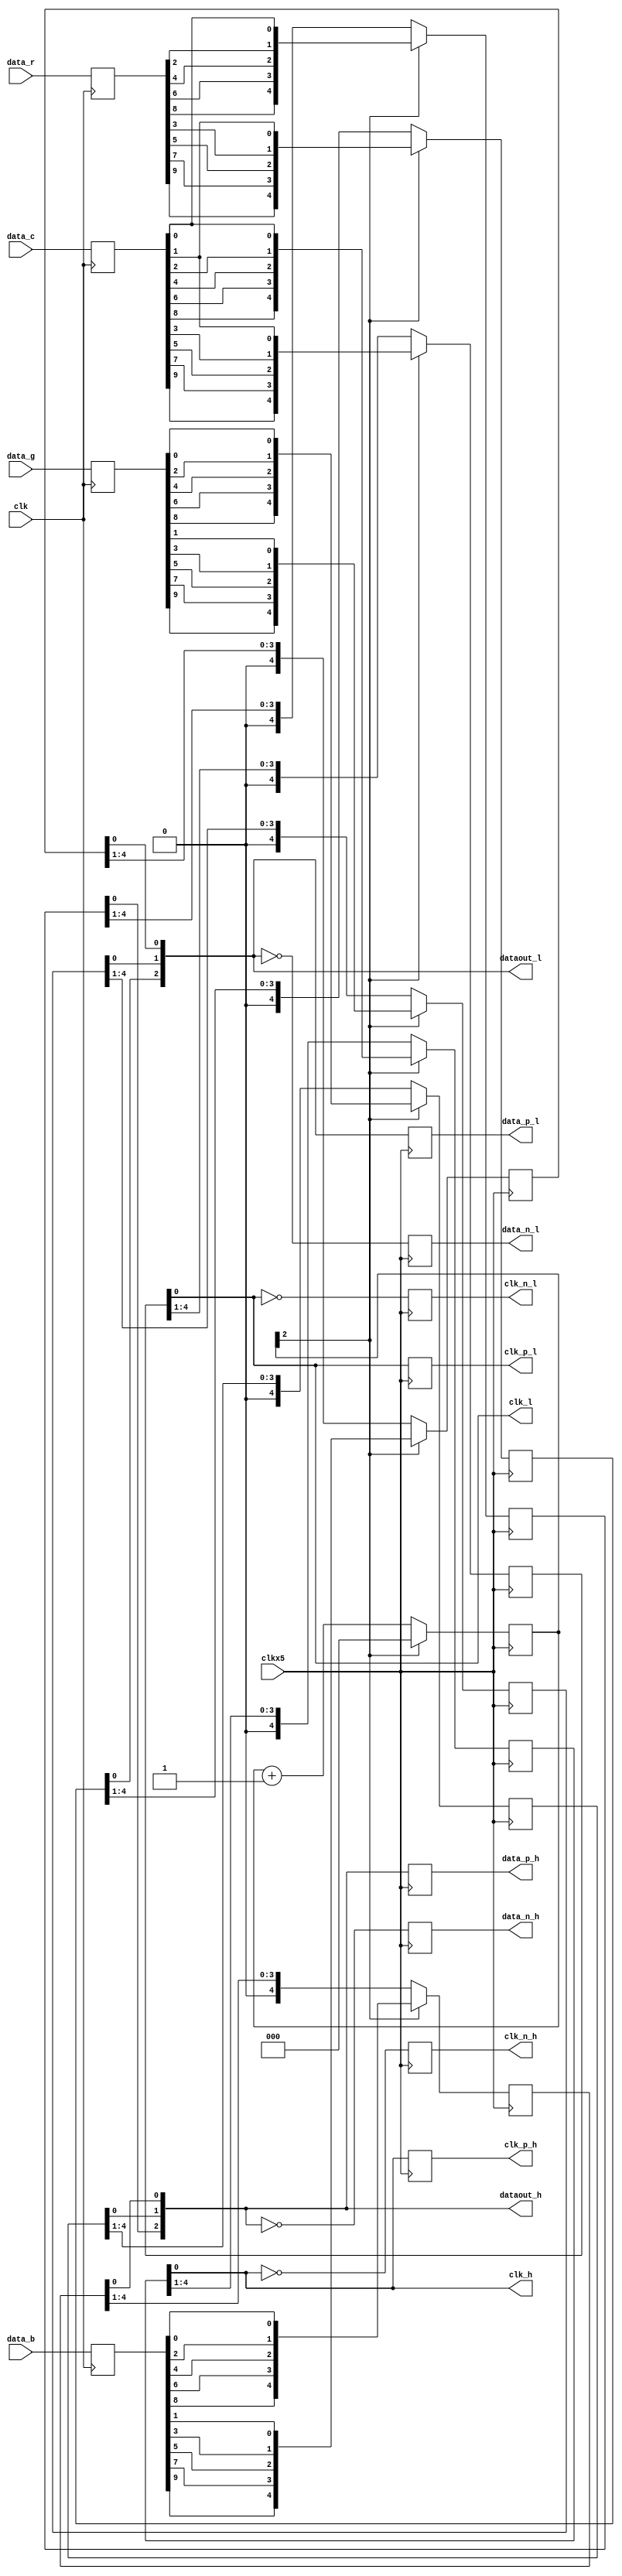
`timescale 1ns/1ps

module serdes_4b_10to1 (
	input          clk,           // clock input
	input          clkx5,         // 5x clock input
	input [9:0]    data_b,      // input data for serialisation
	input [9:0]    data_g,      // input data for serialisation
	input [9:0]    data_r,      // input data for serialisation
	input [9:0]    data_c,      // input data for serialisation
	output [2:0]	dataout_h,
	output [2:0]	dataout_l,
	output			clk_h,
	output			clk_l,

	output reg [2:0]data_p_h,
	output reg [2:0]data_p_l,
	output reg clk_p_h ,
	output reg clk_p_l ,
	output reg [2:0] data_n_h,
	output reg [2:0] data_n_l,
	output reg clk_n_h ,
	output reg clk_n_l 

  ) ;   
  
reg [2:0] TMDS_mod5 = 0;  // modulus 5 counter

reg [4:0] TMDS_shift_0h = 0, TMDS_shift_0l = 0;
reg [4:0] TMDS_shift_1h = 0, TMDS_shift_1l = 0;
reg [4:0] TMDS_shift_2h = 0, TMDS_shift_2l = 0;
reg [4:0] TMDS_shift_3h = 0, TMDS_shift_3l = 0;
reg [9:0] datain_0;
reg [9:0] datain_1;
reg [9:0] datain_2;
reg [9:0] datain_3;
always @( posedge clk )
begin
	datain_0 <= data_b;
	datain_1 <= data_g;
	datain_2 <= data_r;
	datain_3 <= data_c;
end

wire [4:0] TMDS_0_l = {datain_0[9],datain_0[7],datain_0[5],datain_0[3],datain_0[1]};
wire [4:0] TMDS_0_h = {datain_0[8],datain_0[6],datain_0[4],datain_0[2],datain_0[0]};

wire [4:0] TMDS_1_l = {datain_1[9],datain_1[7],datain_1[5],datain_1[3],datain_1[1]};
wire [4:0] TMDS_1_h = {datain_1[8],datain_1[6],datain_1[4],datain_1[2],datain_1[0]};

wire [4:0] TMDS_2_l = {datain_2[9],datain_2[7],datain_2[5],datain_2[3],datain_3[1]};
wire [4:0] TMDS_2_h = {datain_2[8],datain_2[6],datain_2[4],datain_2[2],datain_3[0]};

wire [4:0] TMDS_3_l = {datain_3[9],datain_3[7],datain_3[5],datain_3[3],datain_3[1]};
wire [4:0] TMDS_3_h = {datain_3[8],datain_3[6],datain_3[4],datain_3[2],datain_3[0]};

always @(posedge clkx5)
begin
	TMDS_shift_0h  <= TMDS_mod5[2] ? TMDS_0_h : TMDS_shift_0h[4:1];
	TMDS_shift_0l  <= TMDS_mod5[2] ? TMDS_0_l : TMDS_shift_0l[4:1];
	TMDS_shift_1h  <= TMDS_mod5[2] ? TMDS_1_h : TMDS_shift_1h[4:1];
	TMDS_shift_1l  <= TMDS_mod5[2] ? TMDS_1_l : TMDS_shift_1l[4:1];
	TMDS_shift_2h  <= TMDS_mod5[2] ? TMDS_2_h : TMDS_shift_2h[4:1];
	TMDS_shift_2l  <= TMDS_mod5[2] ? TMDS_2_l : TMDS_shift_2l[4:1];
	TMDS_shift_3h  <= TMDS_mod5[2] ? TMDS_3_h : TMDS_shift_3h[4:1];
	TMDS_shift_3l  <= TMDS_mod5[2] ? TMDS_3_l : TMDS_shift_3l[4:1];	
	TMDS_mod5 <= (TMDS_mod5[2]) ? 3'd0 : TMDS_mod5 + 3'd1;
end

assign dataout_h = {TMDS_shift_2h[0],TMDS_shift_1h[0],TMDS_shift_0h[0]};
assign dataout_l = {TMDS_shift_2l[0],TMDS_shift_1l[0],TMDS_shift_0l[0]};
assign clk_h = TMDS_shift_3h[0];
assign clk_l = TMDS_shift_3l[0];

always @( posedge clkx5 )
begin
		data_p_h <= dataout_h;
		data_p_l <= dataout_l;
		clk_p_h  <= clk_h;
		clk_p_l  <= clk_l;

		data_n_h <= ~dataout_h;
		data_n_l <= ~dataout_l;
		clk_n_h  <= ~clk_h;
		clk_n_l  <= ~clk_l;
end


endmodule